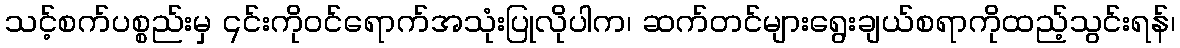
သင့်စက်ပစ္စည်းမှ ၎င်းကိုဝင်ရောက်အသုံးပြုလိုပါက၊ ဆက်တင်များရွေးချယ်စရာကိုထည့်သွင်းရန်၊